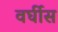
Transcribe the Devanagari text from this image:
वर्घीस